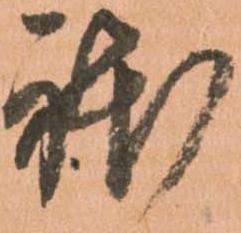
躰